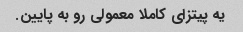
یه پیتزای کاملا معمولی رو به پایین.